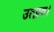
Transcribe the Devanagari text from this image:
उत्प्लव।